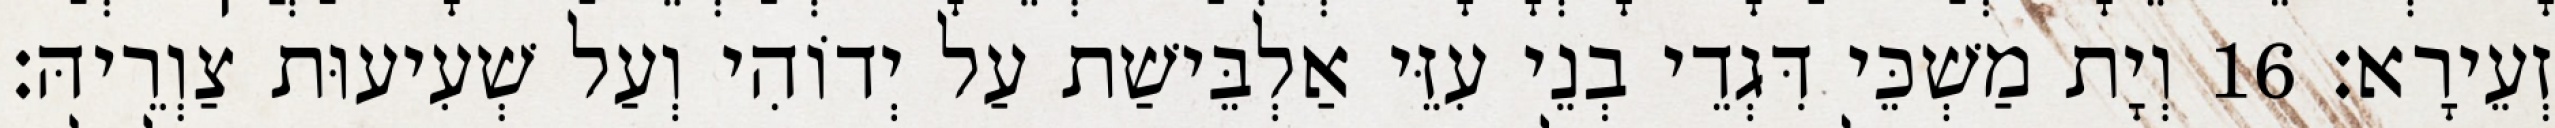
זְעֵירָא׃ 16 וְיָת מַשְׁכֵּי דִּגְדֵי בְנֵי עִזֵּי אַלְבֵּישַׁת עַל יְדוֹהִי וְעַל שְׁעִיעוּת צַוְרֵיהּ׃